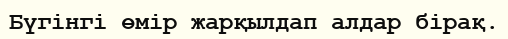
Бүгінгі өмір жарқылдап алдар бірақ.